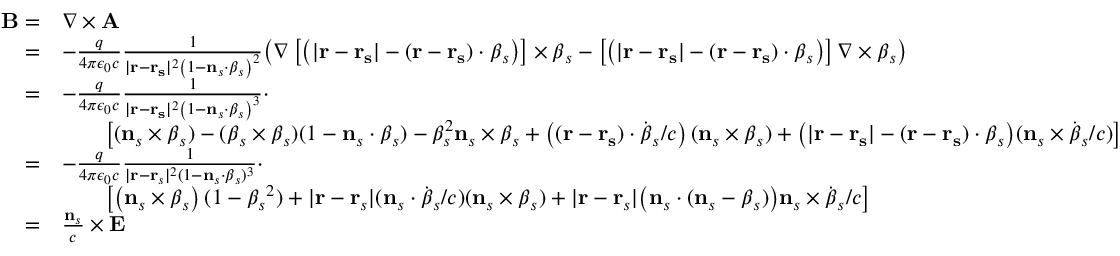
{ \begin{array} { r l } { { \mathbf { B } } = } & { { \boldsymbol { \nabla } } \times \mathbf { A } } \\ { = } & { - { \frac { q } { 4 \pi \epsilon _ { 0 } c } } { \frac { 1 } { | \mathbf { r } - \mathbf { r _ { s } } | ^ { 2 } \left( 1 - \mathbf { n } _ { s } \cdot { \boldsymbol { \beta } } _ { s } \right) ^ { 2 } } } { \big ( } { \boldsymbol { \nabla } } \left[ \left( | \mathbf { r } - \mathbf { r _ { s } } | - ( \mathbf { r } - \mathbf { r _ { s } } ) \cdot { \boldsymbol { \beta } } _ { s } \right) \right] \times { \boldsymbol { \beta } } _ { s } - \left[ \left( | \mathbf { r } - \mathbf { r _ { s } } | - ( \mathbf { r } - \mathbf { r _ { s } } ) \cdot { \boldsymbol { \beta } } _ { s } \right) \right] { \boldsymbol { \nabla } } \times { \boldsymbol { \beta } } _ { s } { \big ) } } \\ { = } & { - { \frac { q } { 4 \pi \epsilon _ { 0 } c } } { \frac { 1 } { | \mathbf { r } - \mathbf { r _ { s } } | ^ { 2 } \left( 1 - \mathbf { n } _ { s } \cdot { \boldsymbol { \beta } } _ { s } \right) ^ { 3 } } } \cdot } \\ & { \qquad \left[ ( \mathbf { n } _ { s } \times { \boldsymbol { \beta } } _ { s } ) - ( { \boldsymbol { \beta } } _ { s } \times { \boldsymbol { \beta } } _ { s } ) ( 1 - \mathbf { n } _ { s } \cdot { \boldsymbol { \beta } } _ { s } ) - { \beta } _ { s } ^ { 2 } \mathbf { n } _ { s } \times { \boldsymbol { \beta } } _ { s } + \left( ( \mathbf { r } - \mathbf { r _ { s } } ) \cdot { \dot { \boldsymbol { \beta } } } _ { s } / c \right) ( \mathbf { n } _ { s } \times { \boldsymbol { \beta } } _ { s } ) + { \big ( } | \mathbf { r } - \mathbf { r _ { s } } | - ( \mathbf { r } - \mathbf { r _ { s } } ) \cdot { \boldsymbol { \beta } } _ { s } { \big ) } ( \mathbf { n } _ { s } \times { \dot { \boldsymbol { \beta } } } _ { s } / c ) \right] } \\ { = } & { - { \frac { q } { 4 \pi \epsilon _ { 0 } c } } { \frac { 1 } { | \mathbf { r } - \mathbf { r } _ { s } | ^ { 2 } ( 1 - \mathbf { n } _ { s } \cdot { \boldsymbol { \beta } } _ { s } ) ^ { 3 } } } \cdot } \\ & { \qquad \left[ \left( \mathbf { n } _ { s } \times { \boldsymbol { \beta } } _ { s } \right) ( 1 - { \beta _ { s } } ^ { 2 } ) + | \mathbf { r } - \mathbf { r } _ { s } | ( \mathbf { n } _ { s } \cdot { \dot { \boldsymbol { \beta } } } _ { s } / c ) ( \mathbf { n } _ { s } \times { \boldsymbol { \beta } } _ { s } ) + | \mathbf { r } - \mathbf { r } _ { s } | { \big ( } \mathbf { n } _ { s } \cdot ( \mathbf { n } _ { s } - { \boldsymbol { \beta } } _ { s } ) { \big ) } \mathbf { n } _ { s } \times { \dot { \boldsymbol { \beta } } } _ { s } / c \right] } \\ { = } & { { \frac { \mathbf { n } _ { s } } { c } } \times \mathbf { E } } \end{array} }